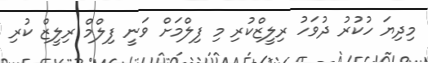
މިދިޔަ ހުކުރު ދުވަހު ރިލީޒްކުރި މި ފިލްމަށް ވަނީ ފިލްމް ރިލީޒް ކުރި